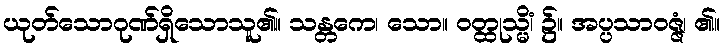
ယုတ်သောဂုဏ်ရှိသောသူ၏။ သန္တကေ၊ သော။ ဝတ္ထုသ္မိံ၊ ၌။ အပ္ပသာဝဇ္ဇံ၊ ၏။